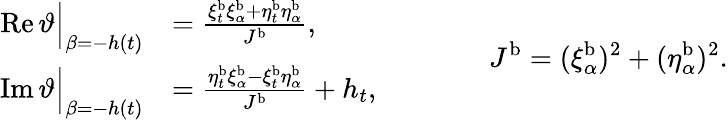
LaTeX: \begin{array}{rl}{\operatorname{Re}\vartheta\Big|_{\beta=-h(t)}}&{=\frac{\xi_{t}^{\mathrm{b}}\xi_{\alpha}^{\mathrm{b}}+\eta_{t}^{\mathrm{b}}\eta_{\alpha}^{\mathrm{b}}}{J^{\mathrm{b}}},}\\ {\operatorname{Im}\vartheta\Big|_{\beta=-h(t)}}&{=\frac{\eta_{t}^{\mathrm{b}}\xi_{\alpha}^{\mathrm{b}}-\xi_{t}^{\mathrm{b}}\eta_{\alpha}^{\mathrm{b}}}{J^{\mathrm{b}}}+h_{t},}\end{array}\qquad\qquad J^{\mathrm{b}}=(\xi_{\alpha}^{\mathrm{b}})^{2}+(\eta_{\alpha}^{\mathrm{b}})^{2}.